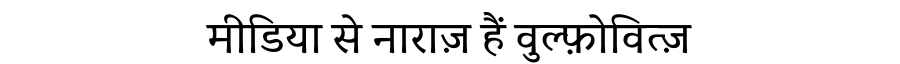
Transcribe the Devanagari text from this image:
मीडिया से नाराज़ हैं वुल्फ़ोवित्ज़